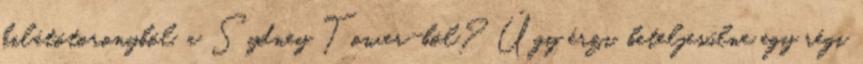
kilátótoronyból, a Sydney Tower-ból? Úgy érzi, beteljesülne egy régi